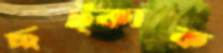
ছট্‌কাক